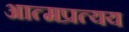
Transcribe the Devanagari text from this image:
आत्मप्रत्यय